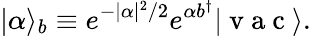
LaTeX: |\alpha\rangle_{b}\equiv e^{-|\alpha|^{2}/2}e^{\alpha b^{\dagger}}|\mathrm{~v~a~c~}\rangle.